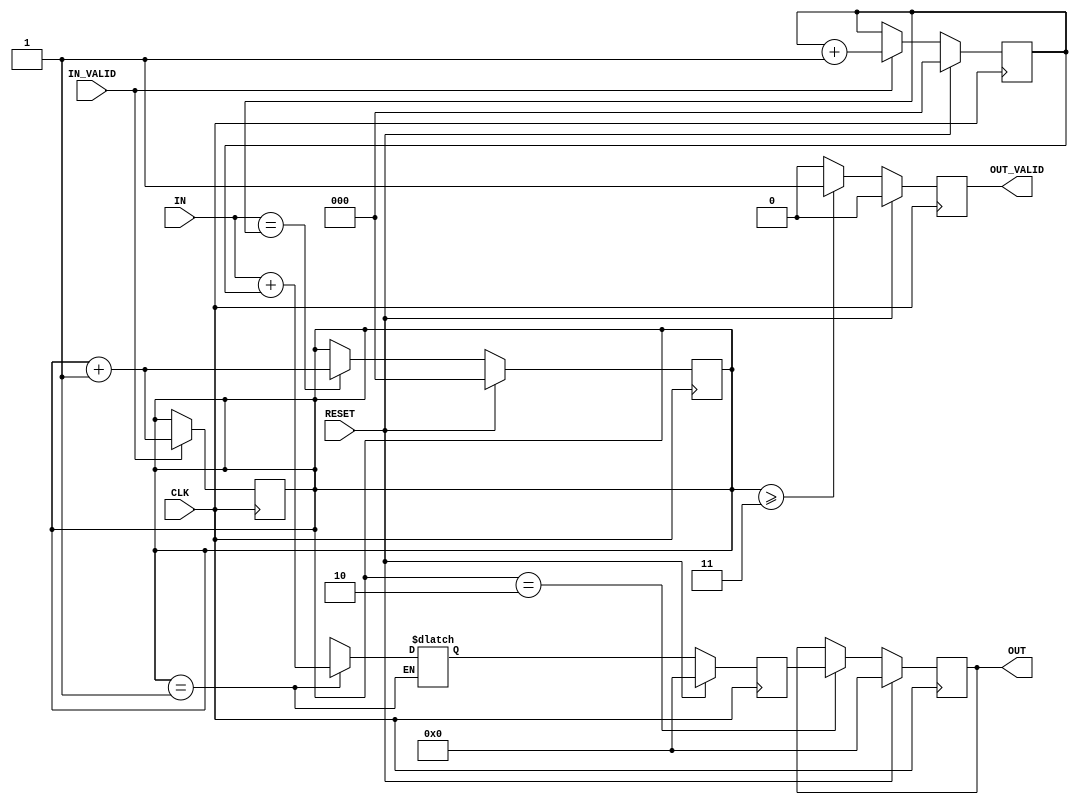
//#######################################################################################
//+++++++++++++++++++++++++++++++++++++++++++++++++++++++++++++++++++++++++++++++++++++++
//  (C) Copyright Laboratory Optimum Application-Specific Integrated System
//  All Right Reserved.
//+++++++++++++++++++++++++++++++++++++++++++++++++++++++++++++++++++++++++++++++++++++++
//
//  2018 Fall ICLAB Course
//  Lab02     : nLint Tool Demo Case
//
//+++++++++++++++++++++++++++++++++++++++++++++++++++++++++++++++++++++++++++++++++++++++
//
//  Module Name     : nLint
//  Release version : V1.1 (Release Date:2009-03)
//
//+++++++++++++++++++++++++++++++++++++++++++++++++++++++++++++++++++++++++++++++++++++++
//#######################################################################################

module nLint(
   //Input Port
    CLK,RESET,IN_VALID,IN,
    //Output Port
    OUT_VALID, OUT
	);

input           CLK,RESET,IN_VALID;
input   [ 3:0]  IN;
output          OUT_VALID;
output  [ 3:0]  OUT;

reg          OUT_VALID;
reg  [ 3:0]  OUT;

reg  [ 2:0]  FLAG,COUNT;
reg  [ 4:0]  TEMP_T,TEMP;

//------------------------------------------------------------------
//      FLAG  is assigned by blocking and non-blocking assignment 
//------------------------------------------------------------------
always@(posedge CLK)begin
   if(RESET)              FLAG  <= 3'd0;
   else if(IN_VALID)      FLAG   =  FLAG+1'd1;  //  <---
   else                   FLAG  <=  FLAG;
end


//------------------------------------------------------------------
//     COUNT is driven by mutiple always block 
//------------------------------------------------------------------
always@(posedge CLK)begin
   if(RESET)            COUNT  <= 3'd0;
   else if(IN == FLAG)  COUNT  <= COUNT+1'd1;   
   else                 COUNT  <= COUNT;   
end
always@(posedge CLK)begin               
   if(IN_VALID)         COUNT  <= COUNT+1'd1;
   else                 COUNT  <= COUNT;   
end




always@(posedge CLK)begin
   if(RESET)            TEMP <= 5'd0;
   else                 TEMP <= TEMP_T; 
end

always@(COUNT or IN  )begin                        //  <--- incomplete sensitivity list
   if(COUNT == 3'd1)            TEMP_T = IN+FLAG;  //  <--- size mismatch
   else if(COUNT == 3'd2)       TEMP_T = TEMP_T;   //  <--- combinationl loop
                                                   //  <--- no "else" statement 
end



always@(posedge CLK)begin               
   if(RESET)            OUT_VALID  <= 1'b0;
   else if(COUNT>=3'd3) OUT_VALID  <= 1'b1;
   else                 OUT_VALID  <= 1'b0;   
end

always@(posedge CLK)begin               
   if(RESET)            OUT  <= 4'd0;
   else if(COUNT==3'd2) OUT  <= TEMP;   //<--- size mismatch
   else                 OUT  <= OUT;   
end



endmodule